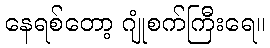
နေရစ်တော့ ဂျုံစက်ကြီးရေ။